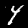
Digit: 4